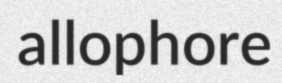
allophore